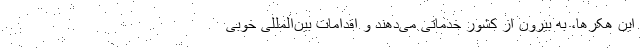
این هکرها، به بیرون از کشور خدماتی می‌دهند و اقدامات بین‌المللی خوبی